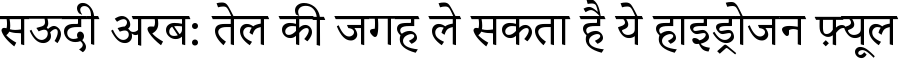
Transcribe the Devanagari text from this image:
सऊदी अरब: तेल की जगह ले सकता है ये हाइड्रोजन फ़्यूल